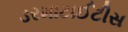
ડરમાટાઈટીસ